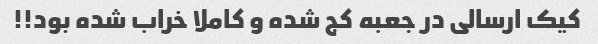
کیک ارسالی در جعبه کج شده و کاملا خراب شده بود!!